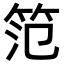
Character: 笵